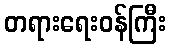
တရားရေးဝန်ကြီး